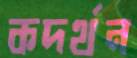
কদর্থন